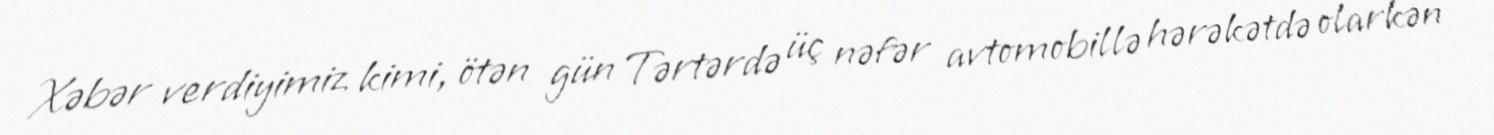
Xəbər verdiyimiz kimi, ötən gün Tərtərdə üç nəfər avtomobillə hərəkətdə olarkən